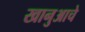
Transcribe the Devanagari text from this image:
खानुआचे